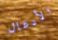
الأدغال